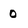
Character: 0